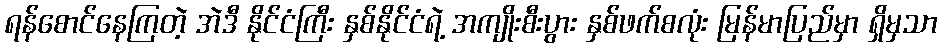
ရန်စောင်နေကြတဲ့ အဲဒီ နိုင်ငံကြီး နှစ်နိုင်ငံရဲ့ အကျိုးစီးပွား နှစ်ဖက်စလုံး မြန်မာပြည်မှာ ရှိမှသာ